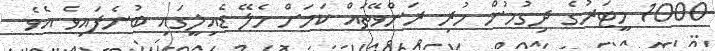
1000 މީޓަރުގެ ދިގުމުން ހުރި ރަންވޭތައް ކަމަށް މެލޭ ޑެއިލީގައި ބުނެފައިވެ އެވެ.